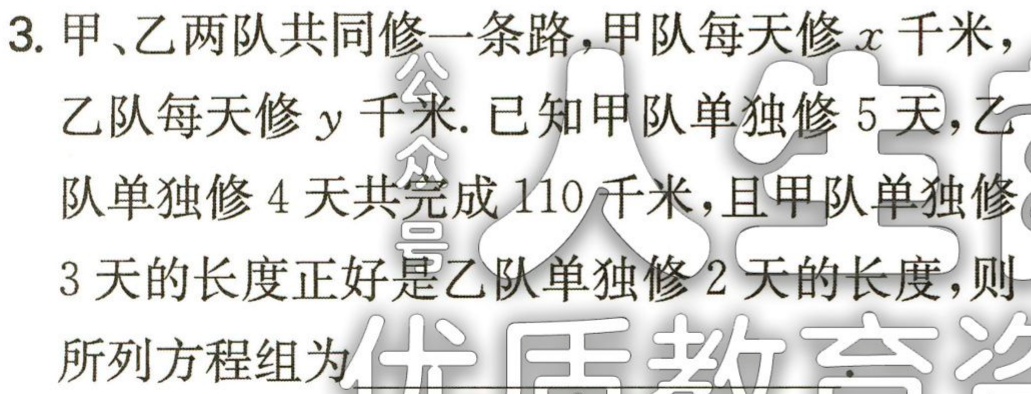
3. 甲、乙两队共同修一条路，甲队每天修\(x\)千米，

乙队每天修\(y\)千米. 已知甲队单独修\(5\)天，乙

队单独修\(4\)天共完成\(110\)千米，且甲队单独修

\(3\)天的长度正好是乙队单独修\(2\)天的长度，则

所列方程组为